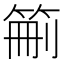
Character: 䈀